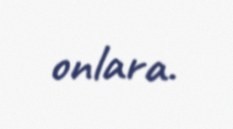
onlara.